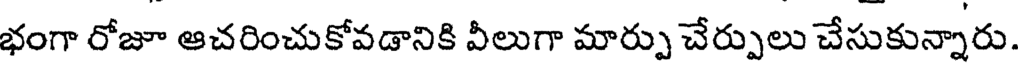
భంగా రోజూ ఆచరించుకోవడానికి వీలుగా మార్పు చేర్పులు చేసుకున్నారు.